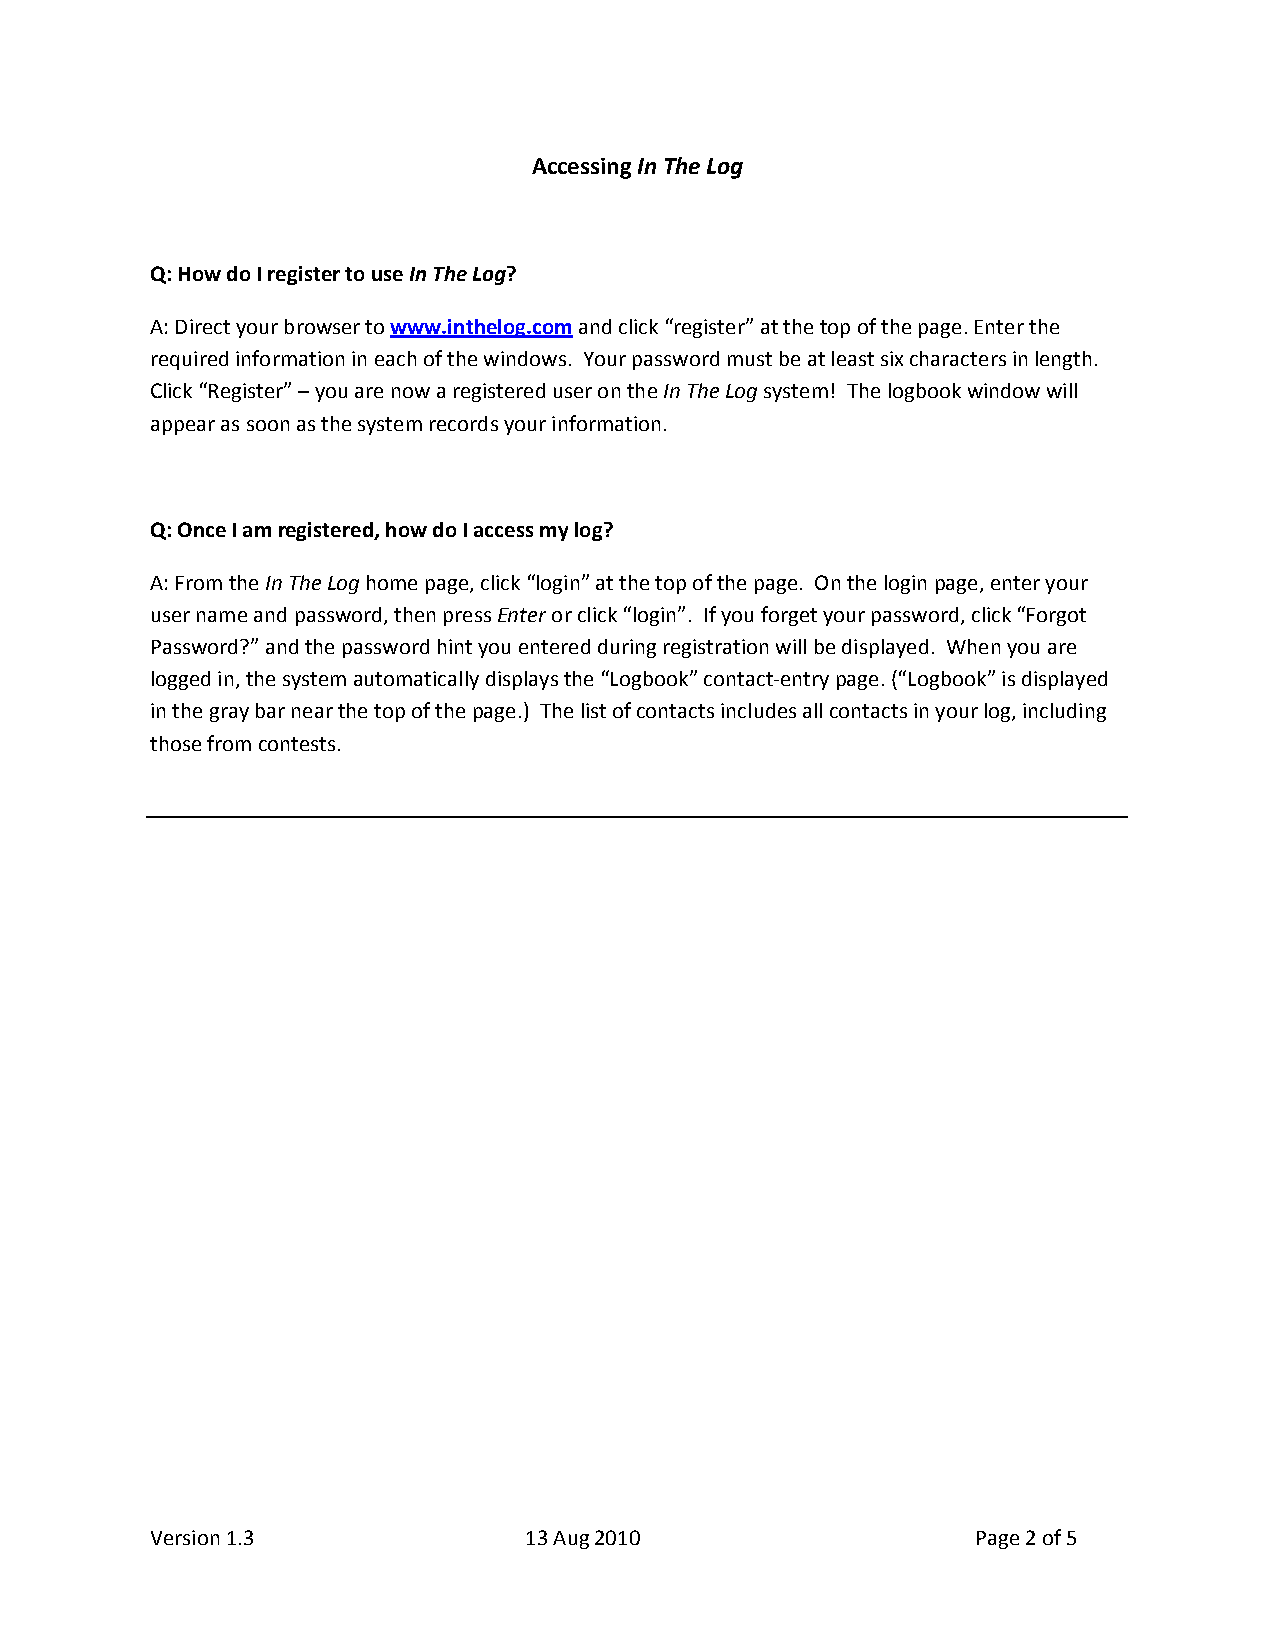
Accessing In The Log
 Q: How do I register to use In The Log?
 A: Direct your browser to www.inthelog.com and click “register” at the top of the page. Enter the
 required information in each of the windows. Your password must be at least six characters in length.
 Click “Register” – you are now a registered user on the In The Log system! The logbook window will
 appear as soon as the system records your information.
 Q: Once I am registered, how do I access my log?
 A: From the In The Log home page, click “login” at the top of the page. On the login page, enter your
 user name and password, then press Enter or click “login”. If you forget your password, click “Forgot
 Password?” and the password hint you entered during registration will be displayed. When you are
 logged in, the system automatically displays the “Logbook” contact‐entry page. (“Logbook” is displayed
 in the gray bar near the top of the page.) The list of contacts includes all contacts in your log, including
 those from contests.
 Version 1.3              13 Aug 2010                   Page 2 of 5